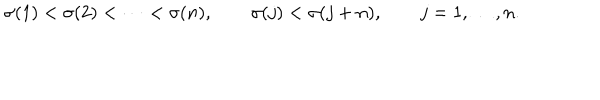
\sigma ( 1 ) < \sigma ( 2 ) < \cdots < \sigma ( n ) , \qquad \sigma ( j ) < \sigma ( j + n ) , \qquad j = 1 , \ldots , n .